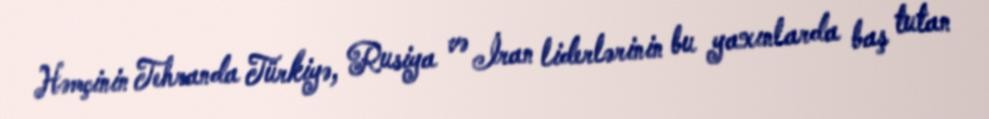
Həmçinin Tehranda Türkiyə, Rusiya və İran liderlərinin bu yaxınlarda baş tutan